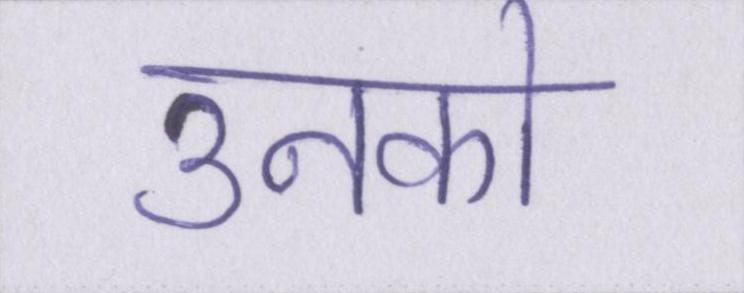
उनको